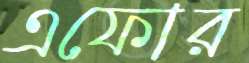
এফোর